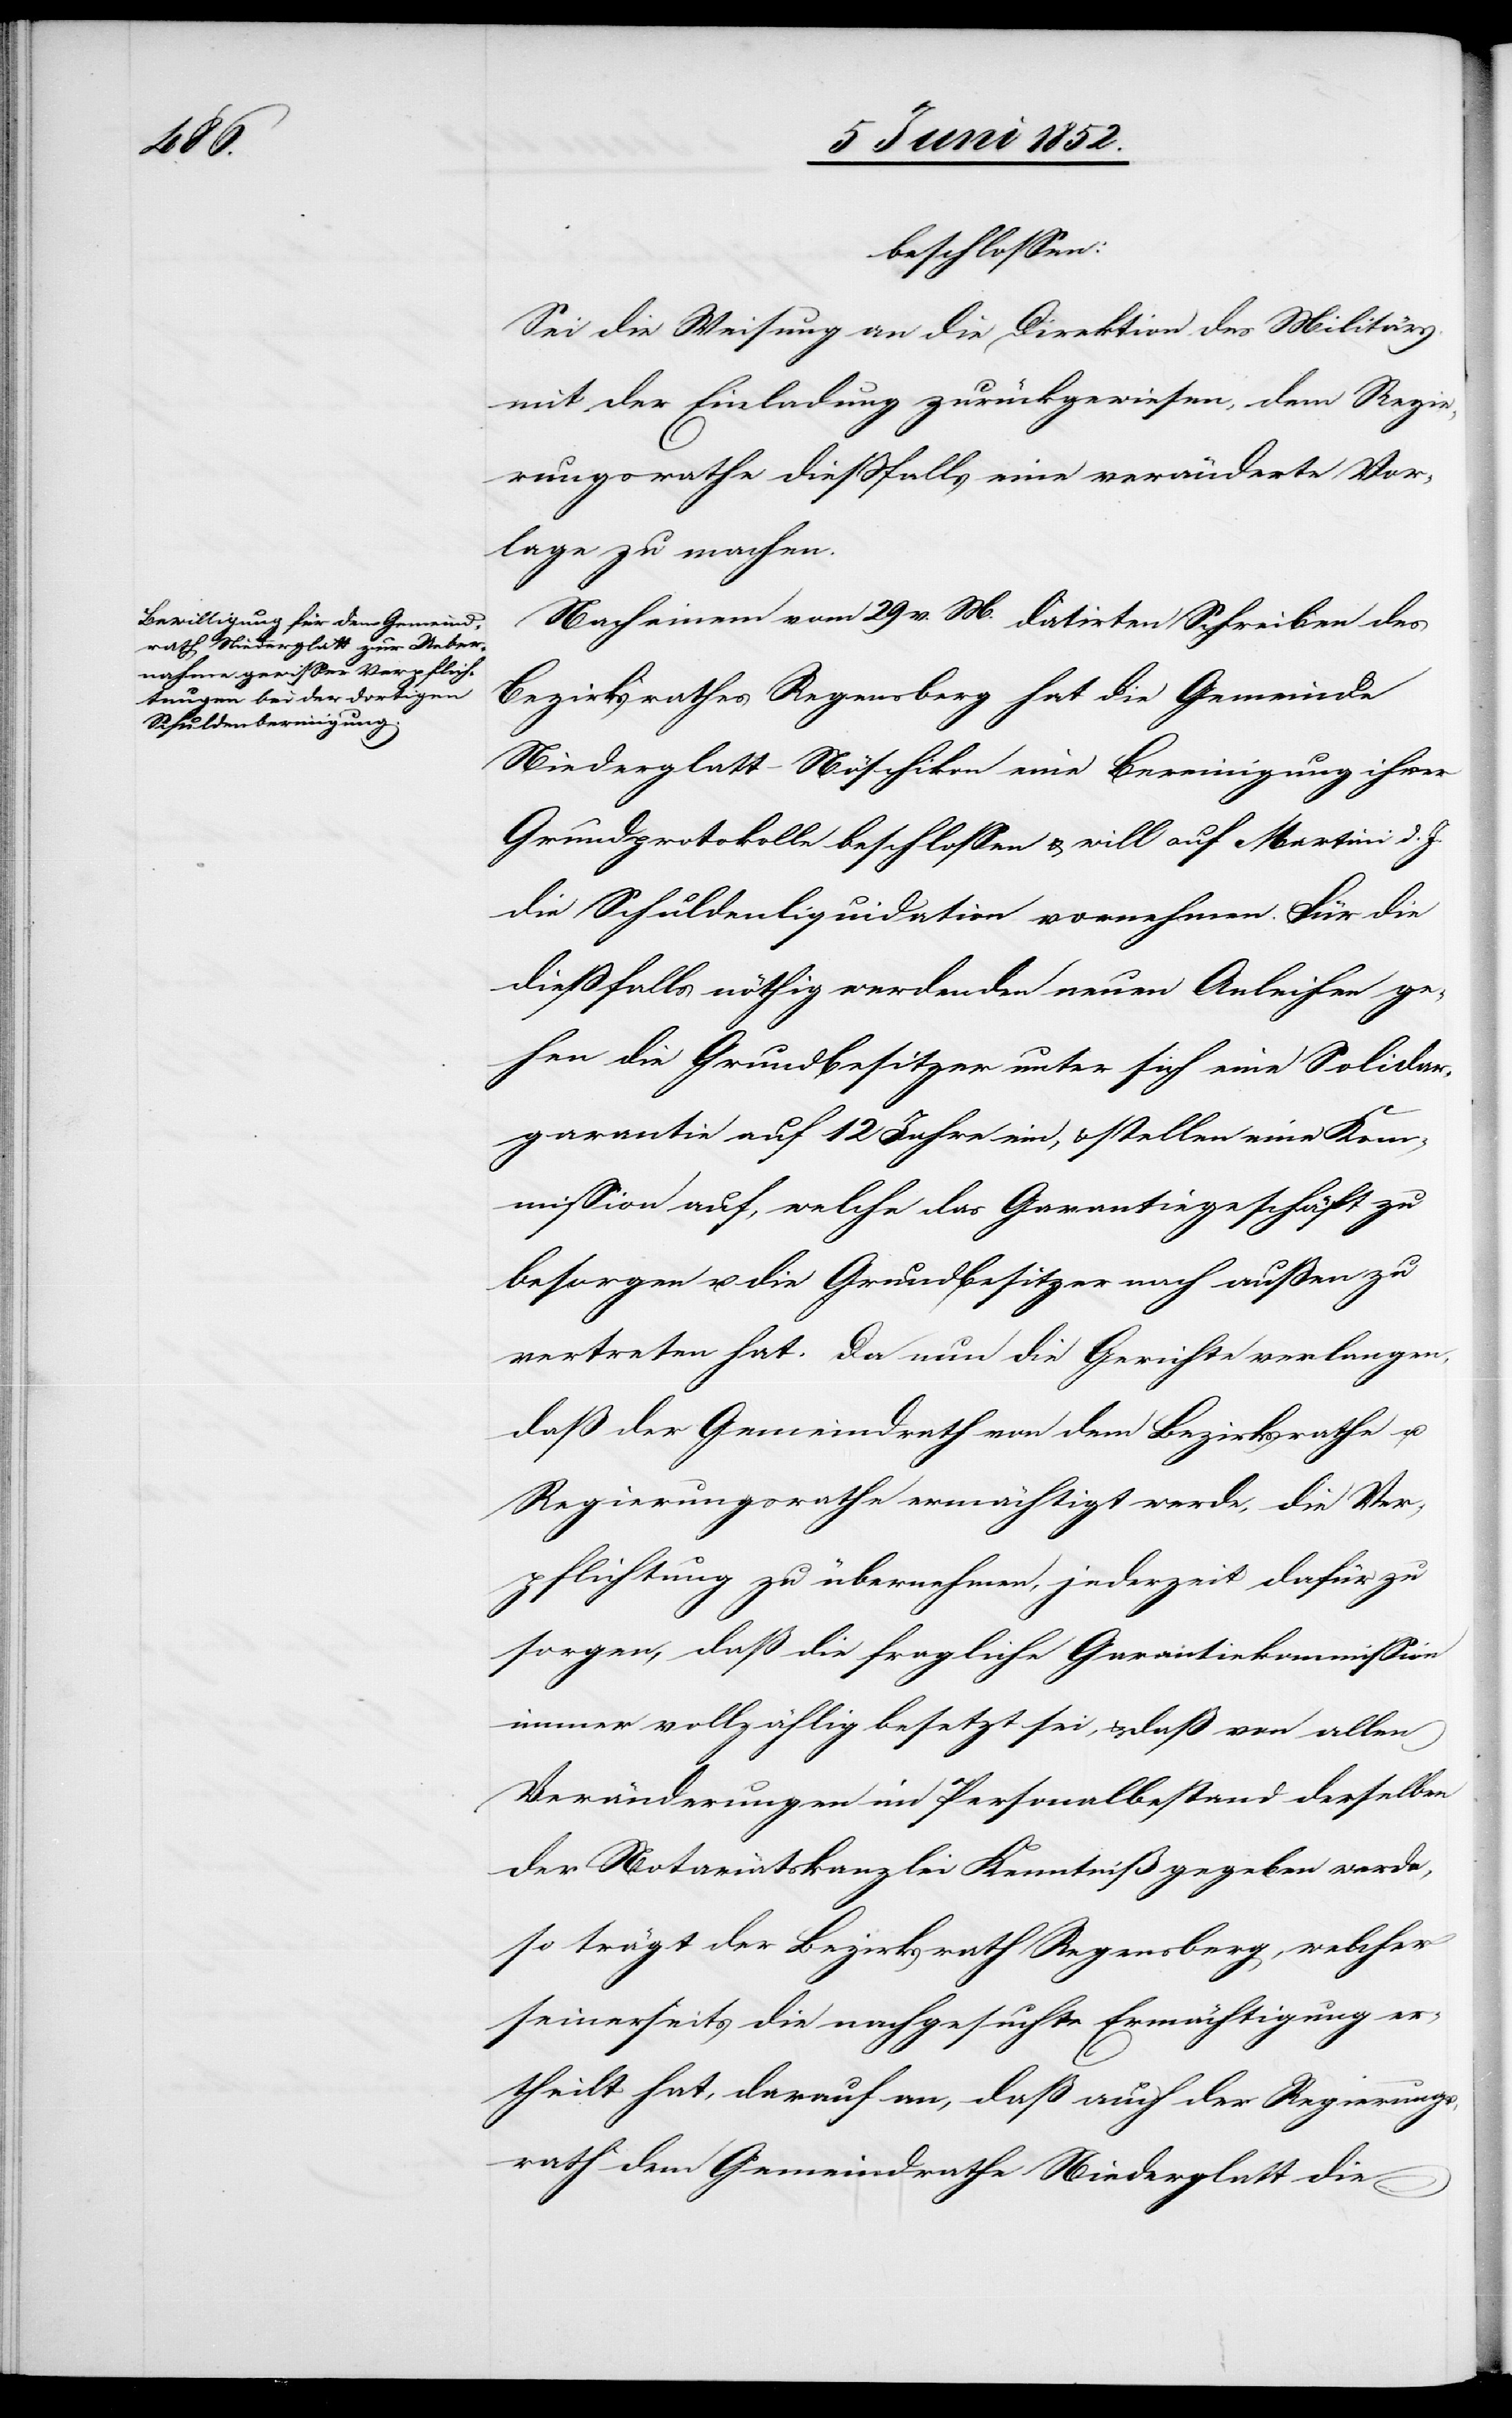
beschlossen:
Sei die Weisung an die Direktion des Militärs
mit der Einladung zurückgewiesen, dem Regie¬
rungsrathe diessfalls eine veränderte Vor¬
lage zu machen.
Nach einem vom 29 v. M. datirten Schreiben des
Bezirksrathes Regensberg hat die Gemeinde
Niederglatt-Nöschikon eine Bereinigung ihrer
Grundprotokolle beschlossen & will auf Martini d. J.
die Schuldenliquidation vornehmen. Für die
dießfalls nöthig werdenden neuen Anleihen ge¬
hen die Grundbesitzer unter sich eine Solidar¬
garantie auf 12 Jahre ein, & stellen eine Kom¬
mission auf, welche das Garantiegeschäft zu
besorgen u. die Grundbesitzer nach aussen zu
vertreten hat. Da nun die Gerichte verlangen,
daß der Gemeindrath von dem Bezirksrathe u.
Regierungsrathe ermächtigt werde, die Ver¬
pflichtung zu übernehmen, jederzeit dafür zu
sorgen, daß die fragliche Garantiekommission
immer vollzählig besetzt sei, & daß von allen
Veränderungen im Personalbestand derselben
der Notariatskanzlei Kenntniß gegeben werde,
so trägt der Bezirksrath Regensberg, welcher
seinerseits die nachgesuchte Ermächtigung er¬
theilt hat, darauf an, daß auch der Regierungs¬
rath dem Gemeindrathe Niederglatt die